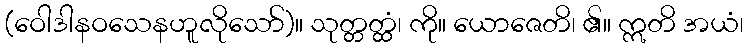
(ဝေါဒါနဝသေနဟူလိုသော်)။ သုတ္တတ္ထံ၊ ကို။ ယောဇေတိ၊ ၏။ ဣတိ အယံ၊